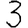
Digit: 3